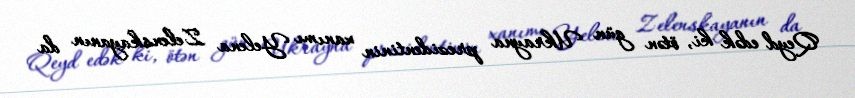
Qeyd edək ki, ötən gün Ukrayna prezidentinin xanımı Yelena Zelenskayanın da